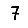
Digit: 7